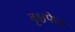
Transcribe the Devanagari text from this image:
वृक्षफेन